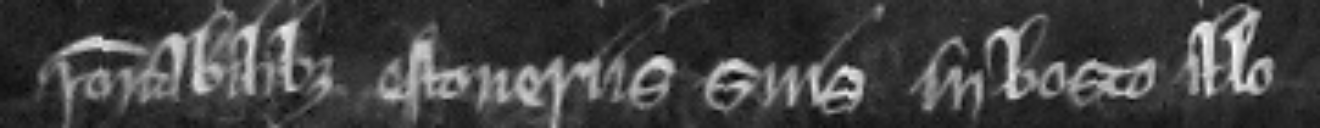
racionabilibus estoveriis suis in bosco illo